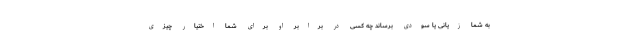
به شما زيانى يا سودى برساند چه كسى در برابر او براى شما اختيار چيزى